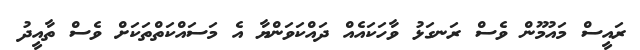
ރައީސް މައުމޫން ވެސް ރަނގަޅު ވާހަކައެއް ދައްކަވަންޔާ އެ މަސައްކަތްތަކަށް ވެސް ތާއީދު